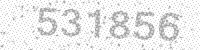
Solution: 531856